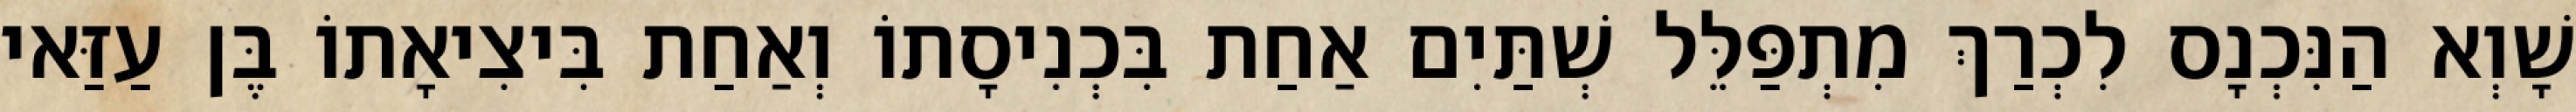
שָׁוְא הַנִּכְנָס לִכְרַךְ מִתְפַּלֵּל שְׁתַּיִם אַחַת בִּכְנִיסָתוֹ וְאַחַת בִּיצִיאָתוֹ בֶּן עַזַּאי